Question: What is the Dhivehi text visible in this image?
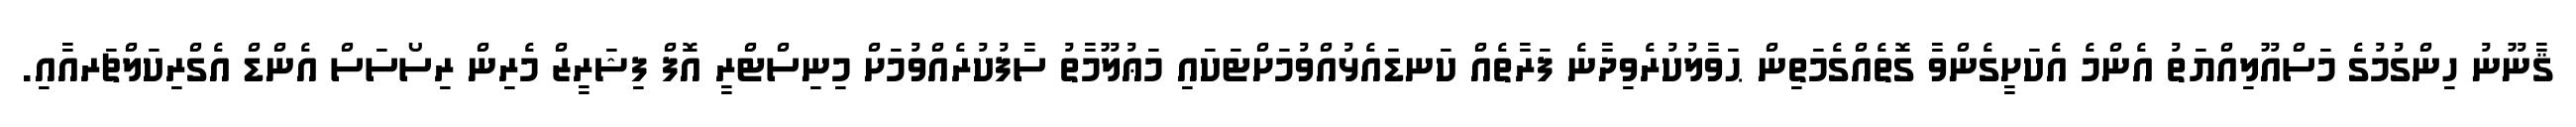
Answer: ޤާނޫނު ހިންގުމުގެ މަސްއޫލިއްޔަތު އެންމެ އެކަށީގެންވާ ގޮތެއްގެމަތިން ޙަވާލުކުރެވިދާނެ ފަރާތެއް ކަނޑައެޅުއްވުމަށްޓަކައި މަޢުލޫމާތު ސާފުކުރެއްވުމަށް މިނިސްޓްރީ އޮފް ފިޝަރީޒް މެރިން ރިސޯސަސް އެންޑް އެގްރިކަލްޗަރއާއި.